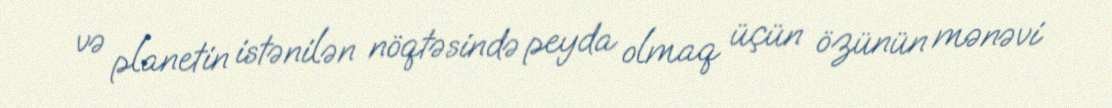
və planetin istənilən nöqtəsində peyda olmaq üçün özünün mənəvi